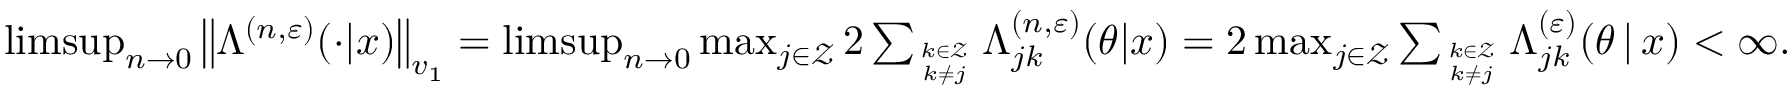
\begin{array} { r } { \operatorname* { l i m s u p } _ { n \to 0 } \big \| \mathbb { \Lambda } ^ { ( n , \varepsilon ) } ( \cdot | x ) \big \| _ { v _ { 1 } } = \operatorname* { l i m s u p } _ { n \to 0 } \operatorname* { m a x } _ { j \in \mathcal { Z } } 2 \sum _ { k \in \mathcal { Z } \atop k \neq j } \mathbb { \Lambda } _ { j k } ^ { ( n , \varepsilon ) } ( \theta | x ) = 2 \operatorname* { m a x } _ { j \in \mathcal { Z } } \sum _ { k \in \mathcal { Z } \atop k \neq j } \Lambda _ { j k } ^ { ( \varepsilon ) } ( \theta \, | \, x ) < \infty . } \end{array}